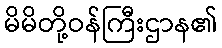
မိမိတို့ဝန်ကြီးဌာန၏